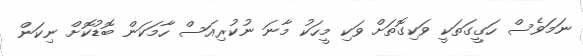
ނަމަވެސް ހަގީގަތަކީ ވަކިގޮތަށް ވަކި މީހަކު މާނަ ނުކުރިއަސް ހާމަކަން ބޮޑުކޮށް ނިކަން